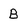
Character: B